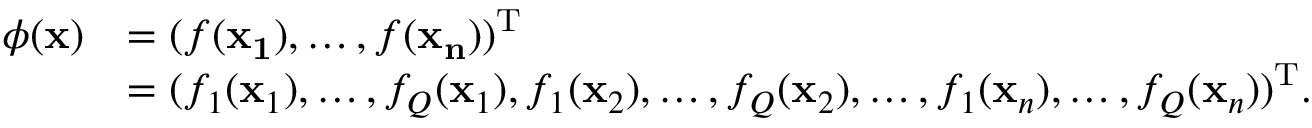
\begin{array} { r l } { \phi ( \ensuremath { \mathbf { x } } ) } & { = ( f ( \ensuremath { \mathbf { x _ { 1 } } } ) , \dots , f ( \ensuremath { \mathbf { x _ { n } } } ) ) ^ { \mathrm { T } } } \\ & { = ( f _ { 1 } ( \ensuremath { \mathbf { x } } _ { 1 } ) , \dots , f _ { Q } ( \ensuremath { \mathbf { x } } _ { 1 } ) , f _ { 1 } ( \ensuremath { \mathbf { x } } _ { 2 } ) , \dots , f _ { Q } ( \ensuremath { \mathbf { x } } _ { 2 } ) , \dots , f _ { 1 } ( \ensuremath { \mathbf { x } } _ { n } ) , \dots , f _ { Q } ( \ensuremath { \mathbf { x } } _ { n } ) ) ^ { \mathrm { T } } . } \end{array}